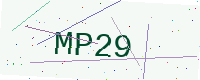
Text: MP29